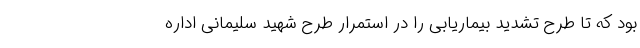
بود که تا طرح تشدید بیماریابی را در استمرار طرح شهید سلیمانی اداره